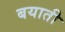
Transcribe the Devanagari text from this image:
बयाती